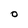
Character: O